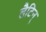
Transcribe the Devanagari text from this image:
लैटिन्